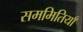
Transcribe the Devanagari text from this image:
सममितियाँ